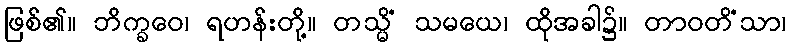
ဖြစ်၏။ ဘိက္ခဝေ၊ ရဟန်းတို့။ တသ္မိံ သမယေ၊ ထိုအခါ၌။ တာဝတိံသာ၊